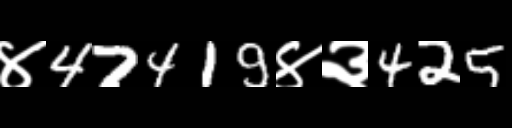
Text: ४47419४३425